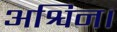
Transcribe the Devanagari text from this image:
अश्विन।